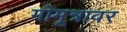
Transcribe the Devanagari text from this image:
गोमूत्रावर